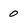
Character: 0